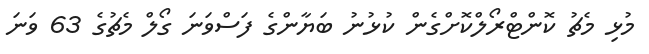
މުޅި މެޗު ކޮންޓްރޯލްކޮށްގެން ކުޅުނު ބަޔާންގެ ފަސްވަނަ ގޯލް މެޗުގެ 63 ވަނަ